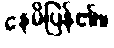
နေမိပြန်၏။